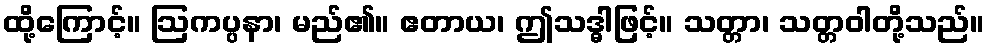
ထို့ကြောင့်။ ဩကပ္ပနာ၊ မည်၏။ ဧတာယ၊ ဤသဒ္ဓါဖြင့်။ သတ္တာ၊ သတ္တဝါတို့သည်။